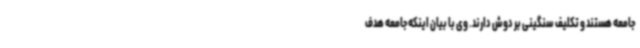
جامعه هستند و تکلیف سنگینی بر دوش دارند. وی با بیان اینکه جامعه هدف